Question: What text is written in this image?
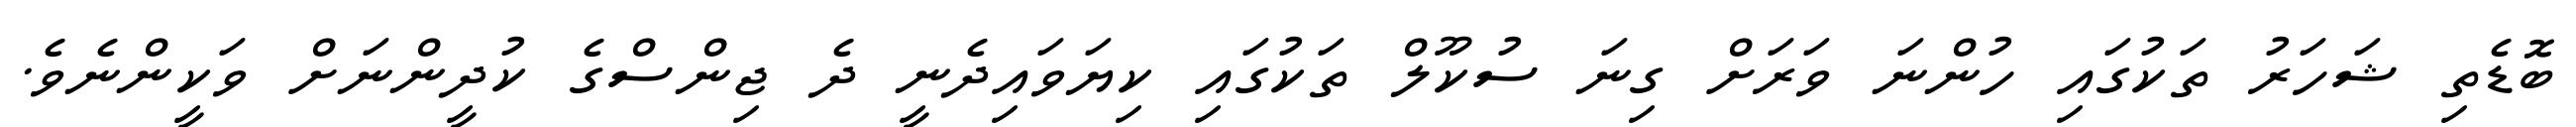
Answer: ބޮޑެތި ޝަހަރު ތަކުގައި ހުންނަ ވަރަށް ގިނަ ސުކޫލް ތަކުގައި ކިޔަވައިދެނީ ދެ ޖިންސްގެ ކުދީންނަށް ވަކީންނެވެ.